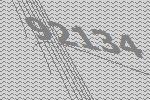
92134